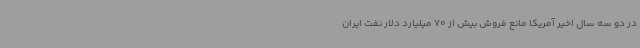
در دو سه سال اخیر آمریکا مانع فروش بیش از 70 میلیارد دلار نفت ایران